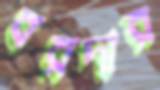
বরদার